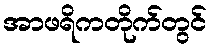
အာဖရိကတိုက်တွင်